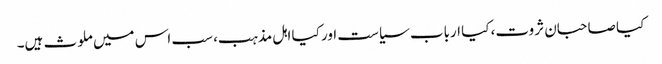
کیا صاحبان ثروت، کیا ارباب سیاست اور کیا اہل مذہب، سب اس میں ملوث ہیں۔